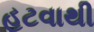
હટવાથી